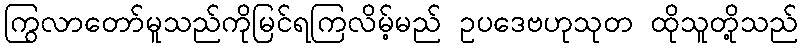
ကြွလာတော်မူသည်ကိုမြင်ရကြလိမ့်မည် ဥပဒေဗဟုသုတ ထိုသူတို့သည်